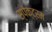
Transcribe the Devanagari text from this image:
स्‍पेक्‍ट्रम